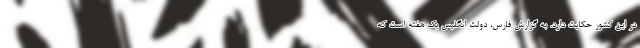
در این کشور حکایت دارد. به گزارش فارس، دولت انگلیس یک هفته است که